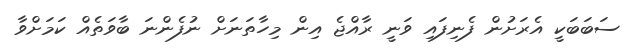
ސަބަބަކީ އެރަށުން ފެނިފައި ވަނީ ރާއްޖެ އިން މިހާތަނަށް ނުފެންނަ ބާވަތެއް ކަމަށްވާ